system: You are a helpful assistant.
user:
Analyze the provided spectrum to determine if it is a **M-type Giant (gM)**.

A M-type Giant spectrum is defined by its **strong molecular absorption** features, particularly from **Titanium Oxide (TiO)**. You must check for one of the following mutually exclusive signatures:

- **Key Visual Indicators (Absorption-Dominated Spectrum):**

    - **(Primary):** The spectrum is dominated by strong molecular absorption from **Titanium Oxide (TiO)**. This is the **defining feature** of its M-type temperature class.
        - **(Key Bandheads):** Look for sharp, "saw-tooth" absorption valleys. The strongest are located near **~7050 Å**, **~6160 Å**, and **~5170 Å**.
        - **(Line Profile):** The "saw-tooth" morphology is critical: a **sharp, steep drop on the BLUE (short-wavelength) side** of the bandhead, followed by a gradual recovery (rising flux) towards the RED (long-wavelength) side.

    - **(Key Confirmation - Giant vs. Dwarf):** **ABSENCE** of strong **Calcium Hydride (CaH)** molecular bands. This is the primary diagnostic for *excluding* M-dwarfs.
        - **(Key Region):** The spectrum should lack the strong, broad absorption band seen in dwarfs between **~6800 Å and ~7000 Å**.

    - **(Secondary Confirmation - Giant):** A very strong and broad **Neutral Calcium (Ca I)** atomic absorption line.
        - **(Key Line):** Located at **~4226 Å**. In a giant (gM), this line is significantly deeper and broader than the same line in an M-dwarf (dM) due to low surface gravity.

    - **(Overall Spectrum):**
        - The continuum is **extremely red-sloping** (i.e., flux is very low in the blue and rises dramatically towards the red).
        - The entire spectrum appears "chopped up" by the deep TiO bands.

Think first, call **spectral_visualization_tool** if needed to examine features in detail, then provide your final answer. Your response must adhere to the following strict rules:
1.  **Overall Structure:** Your response must follow the format `<think>...</think> <tool_call>...</tool_call> (if a tool is used) <answer>...</answer>`.
2.  **Tool Usage Constraint:** You may only make **one** tool call per turn.
3.  **Final Answer Format:** In the `<answer>` tag, your conclusion must be inside a `\boxed{}` command (e.g., `\boxed{YES}` or `\boxed{NO}`), followed by your justification.

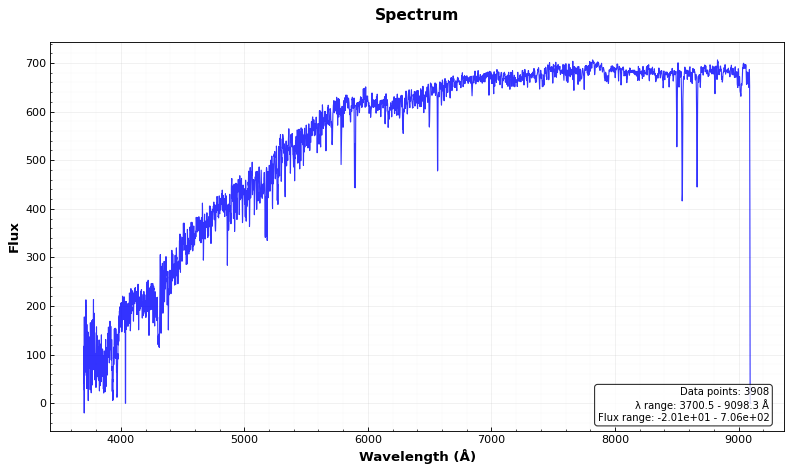
Answer: NO